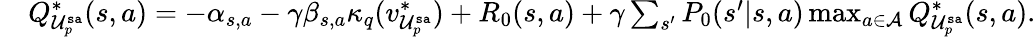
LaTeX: \begin{array}{rl}&{Q_{\mathcal{U}_{p}^{\mathtt{sa}}}^{*}(s,a)=-\alpha_{s,a}-\gamma\beta_{s,a}\kappa_{q}(v_{\mathcal{U}_{p}^{\mathtt{sa}}}^{*})+R_{0}(s,a)+\gamma\sum_{s^{\prime}}P_{0}(s^{\prime}|s,a)\operatorname*{max}_{a\in\mathcal{A}}Q_{\mathcal{U}_{p}^{\mathtt{sa}}}^{*}(s,a).}\end{array}